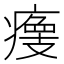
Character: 𤹹